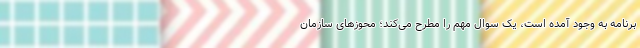
برنامه به وجود آمده است، یک سوال مهم را مطرح می‌کند؛ محوزهای سازمان